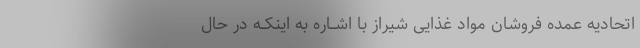
اتحادیه عمده فروشان مواد غذایى شیراز با اشــاره به اینکــه در حال